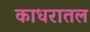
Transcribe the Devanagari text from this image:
काधरातल